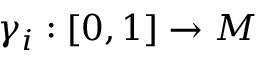
\gamma _ { i } : [ 0 , 1 ] \to M